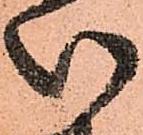
い